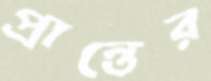
প্রান্তের